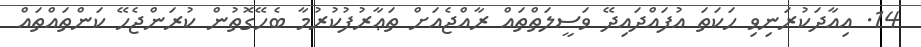
14. އިއާދަކުރަނިވި ހަކަތަ އުފައްދައިދޭ ވަސީލަތްތައް ރާއްޖެއަށް ތަޢާރުފުކުރުމާ ބެހޭގޮތުން ކުރަންޖެހޭ ކަންތައްތައް